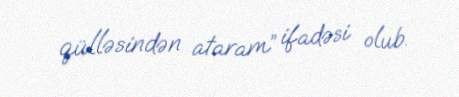
qülləsindən ataram” ifadəsi olub.